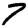
Digit: 7